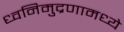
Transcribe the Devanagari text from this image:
ध्वनिमुद्रणामध्ये